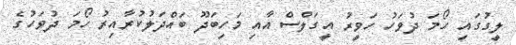
ލީގުގައި ހޯމަ ދުވަހު ހަވީރު އީގަލްސް އާއި މަހިބަދޫ ބައްދަލުކުރާއިރު ހޯމަ ދުވަހުގެ